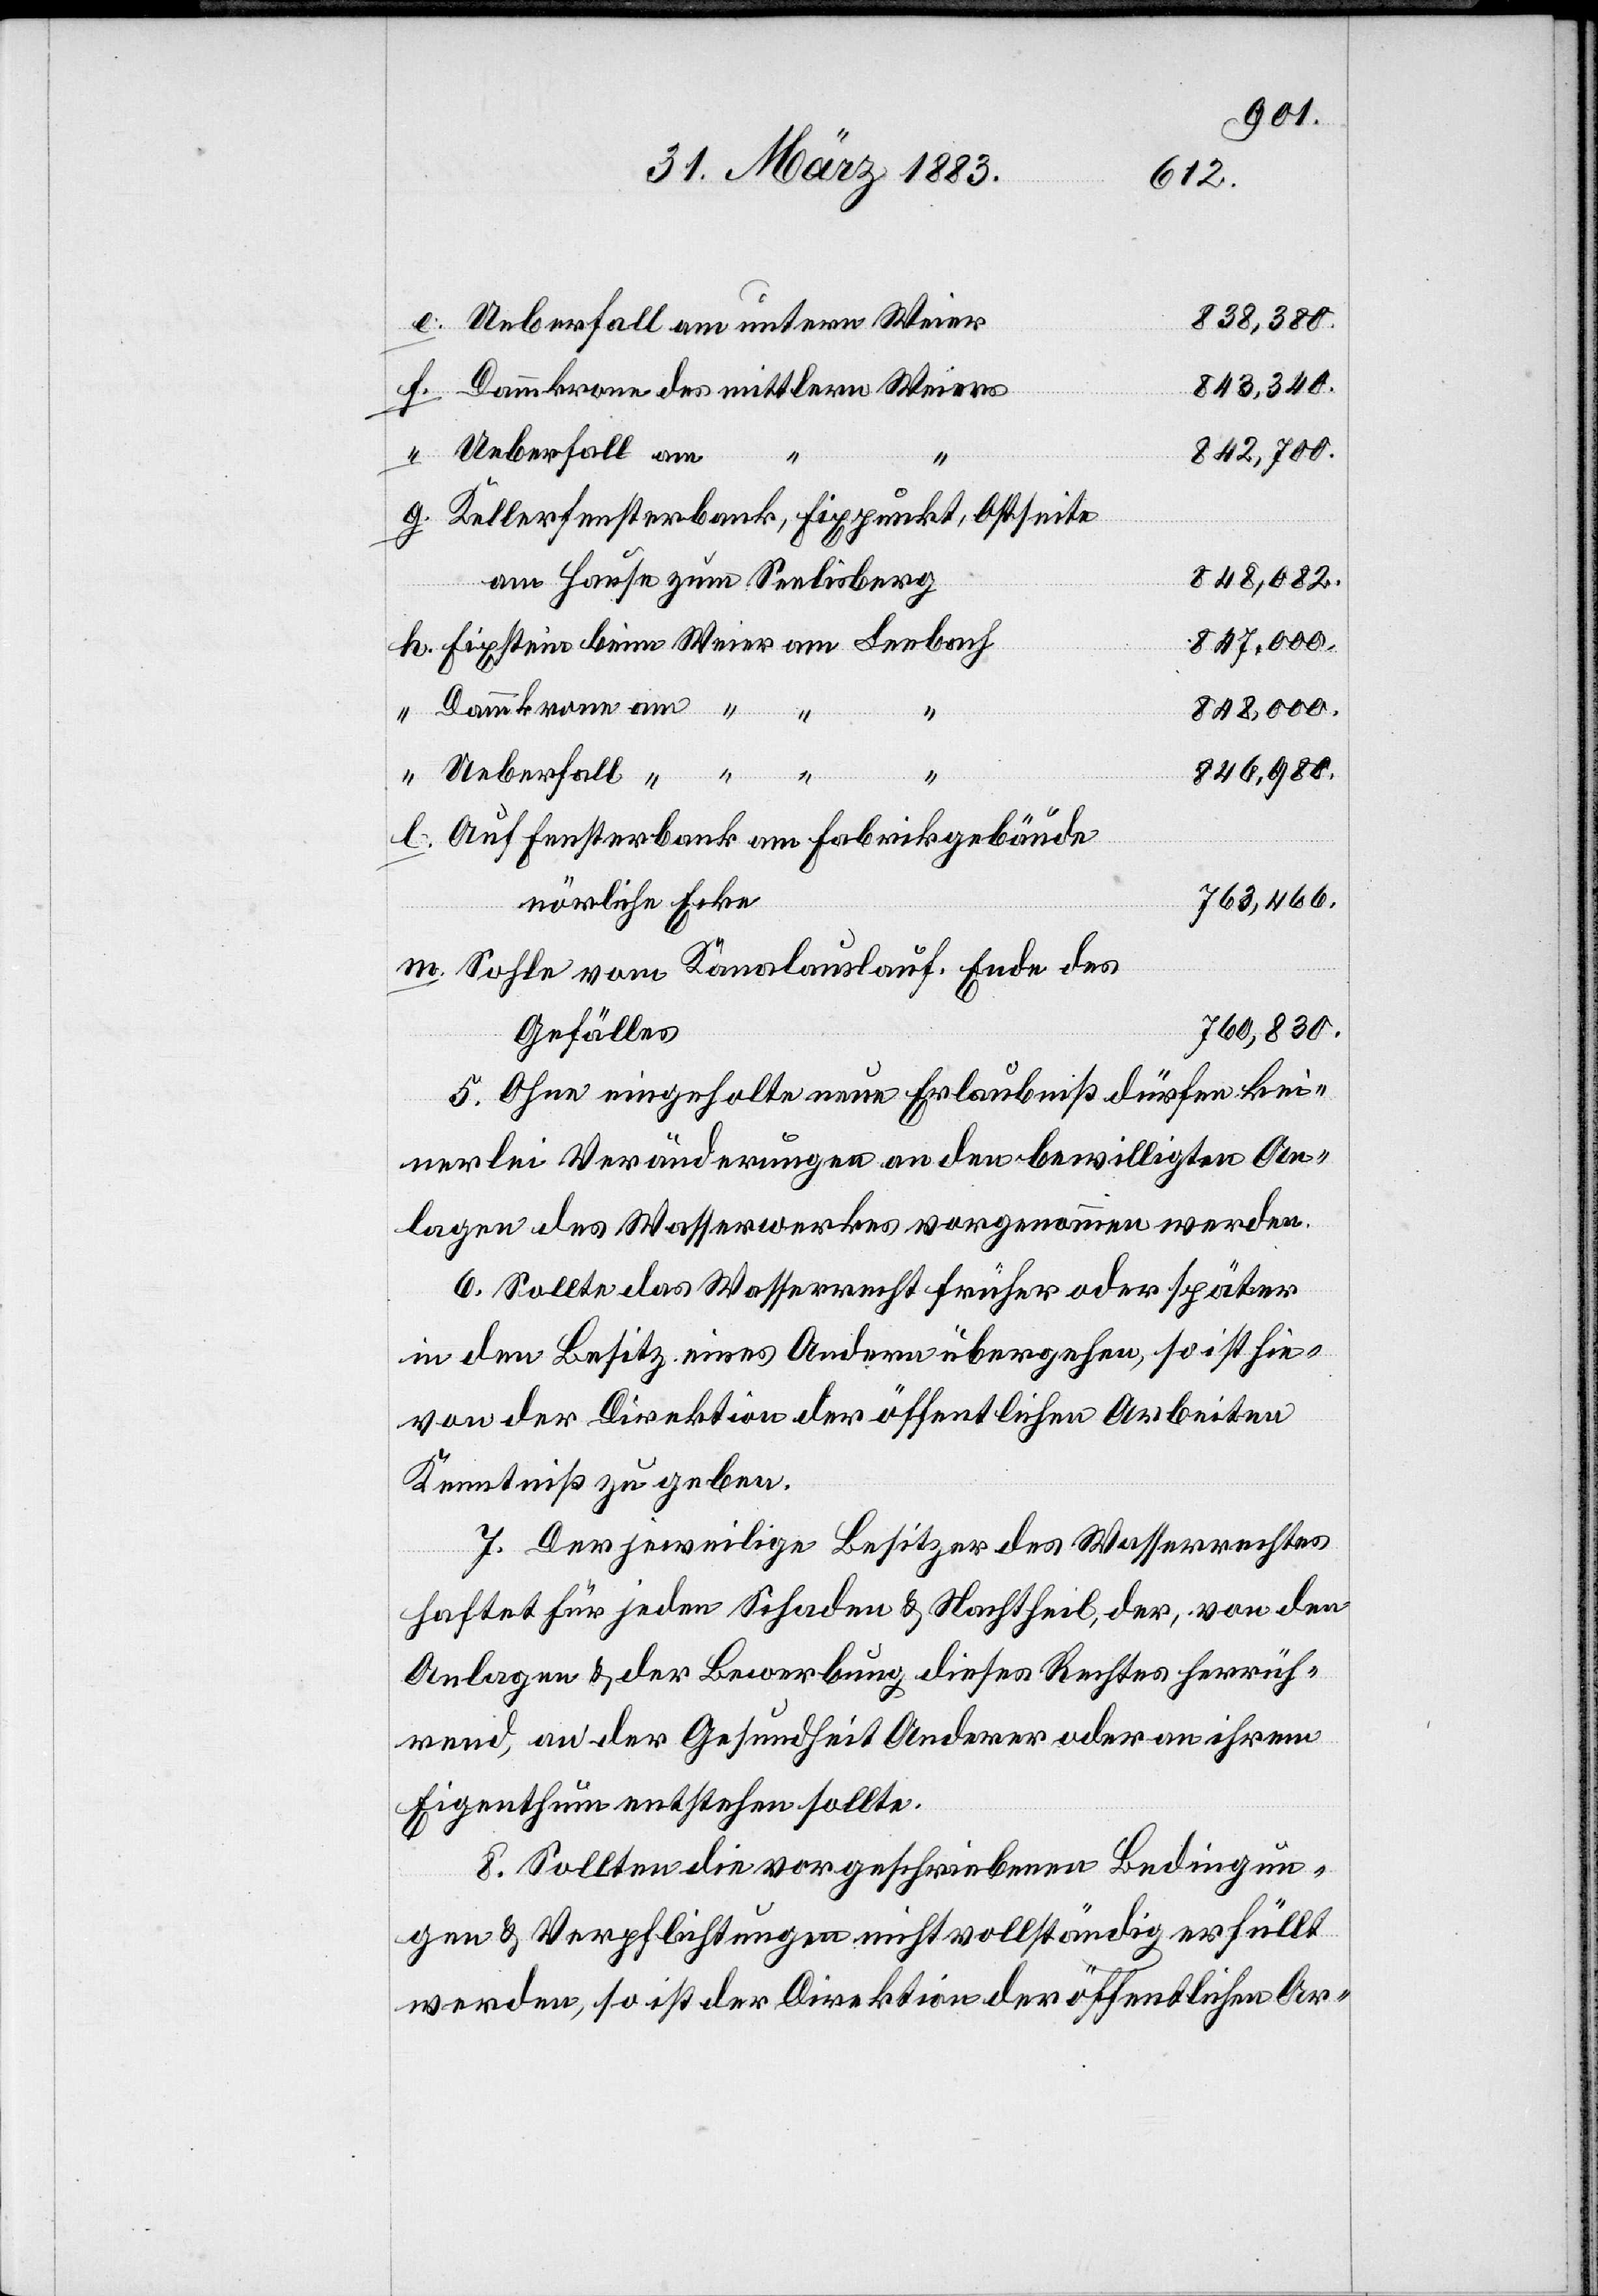
838,380.
Ueberfall am untern Weier
843,340.
Dammkrone des mittlern Weiers
h.
842,700.
Kellerfensterbank, Fixpunkt, Ostseite
848,082.
am Hause zum Seelisberg
847,000.
Fixstein beim Weier am Leebach
Dammkrone am “
l.
848,000.
g.
846,980.
Ueberfall “
“
Auf Fensterbank am Fabrikgebäude
nör[d]liche Ecke
763,466.
Sohle vom Kanalauslauf. Ende des
760,830.
Gefälles.
5. Ohne eingeholte neue Erlaubniß dürfen kei¬
nerlei Veränderungen an den bewilligten An¬
lagen des Wasserwerkes vorgenommen werden.
6. Sollte das Wasserrecht früher oder später
in den Besitz eines Andern übergehen, so ist hie¬
von der Direktion der öffentlichen Arbeiten
Kenntniß zu geben.
7. Der jeweilige Besitzer des Wasserrechtes
haftet für jeden Schaden & Nachtheil, der, von den
Anlagen & der Bewerbung dieses Rechtes herrüh¬
rend, an der Gesundheit Anderer oder an ihrem
Eigenthum entstehen sollte.
8. Sollten die vorgeschriebenen Bedingun¬
gen & Verpflichtungen nicht vollständig erfüllt
werden, so ist der Direktion der öffentlichen Ar-